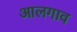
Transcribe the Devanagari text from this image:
आलगाव